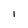
Character: 1